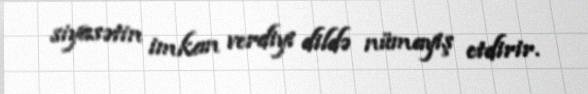
siyasətin imkan verdiyi dildə nümayiş etdirir.